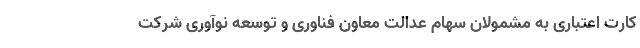
کارت اعتباری به مشمولان سهام عدالت معاون فناوری و توسعه نوآوری شرکت